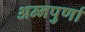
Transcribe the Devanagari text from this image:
अन्‍नपुर्णा